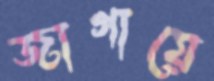
জাগায়ে